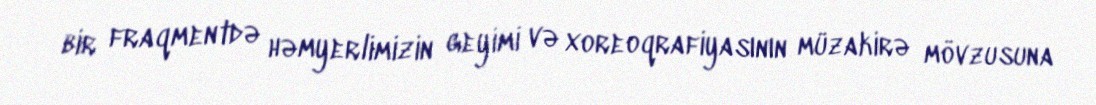
bir fraqmentdə həmyerlimizin geyimi və xoreoqrafiyasının müzakirə mövzusuna